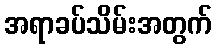
အရာခပ်သိမ်းအတွက်